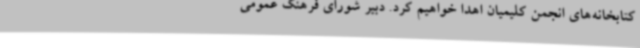
کتابخانه‌های انجمن کلیمیان اهدا خواهیم کرد. دبیر شورای فرهنگ عمومی